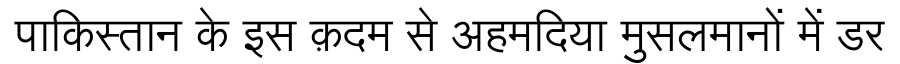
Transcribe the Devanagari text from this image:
पाकिस्तान के इस क़दम से अहमदिया मुसलमानों में डर